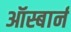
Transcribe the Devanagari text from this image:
ऑस्बार्न